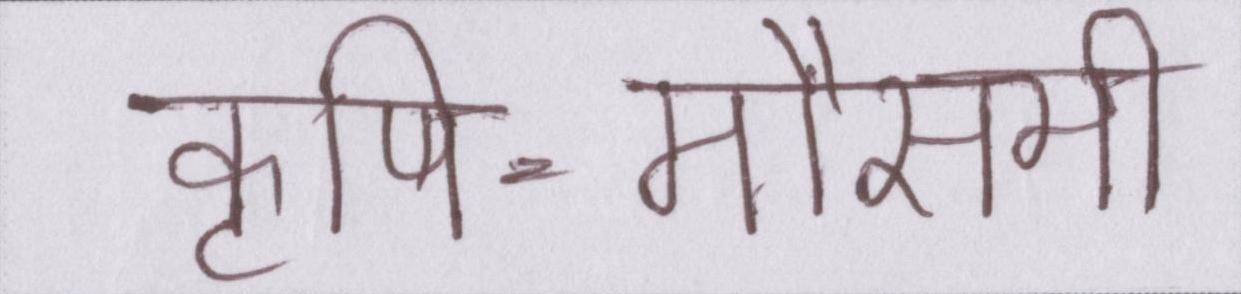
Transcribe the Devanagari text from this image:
कृषि-मौसमी